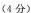
(4分)